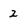
Character: 2